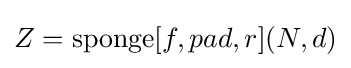
Z={\text{sponge}}[f,pad,r](N,d)